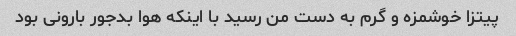
پیتزا خوشمزه و گرم به دست من رسید با اینکه هوا بدجور بارونی بود